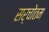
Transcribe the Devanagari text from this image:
सर्चोतम